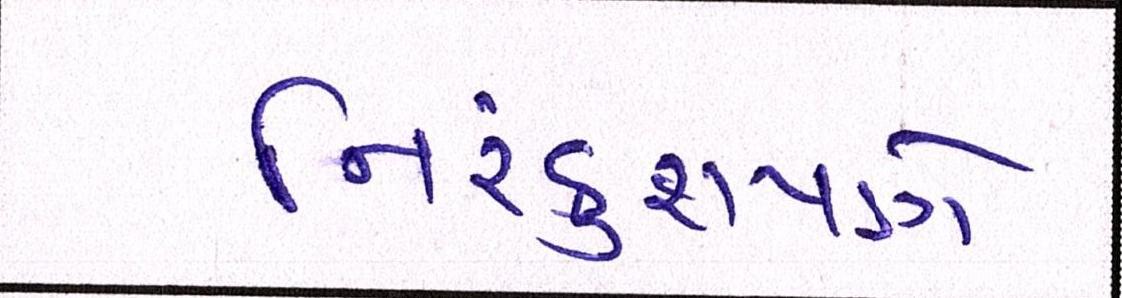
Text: નિરંકુશપણે